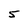
Character: 5